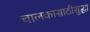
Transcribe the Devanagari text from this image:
चालकासाठीसुद्धा